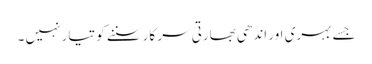
جسے بہری اور اندھی بھارتی سر کار سننے کو تیار نہیں ۔